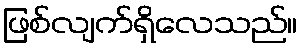
ဖြစ်လျက်ရှိလေသည်။